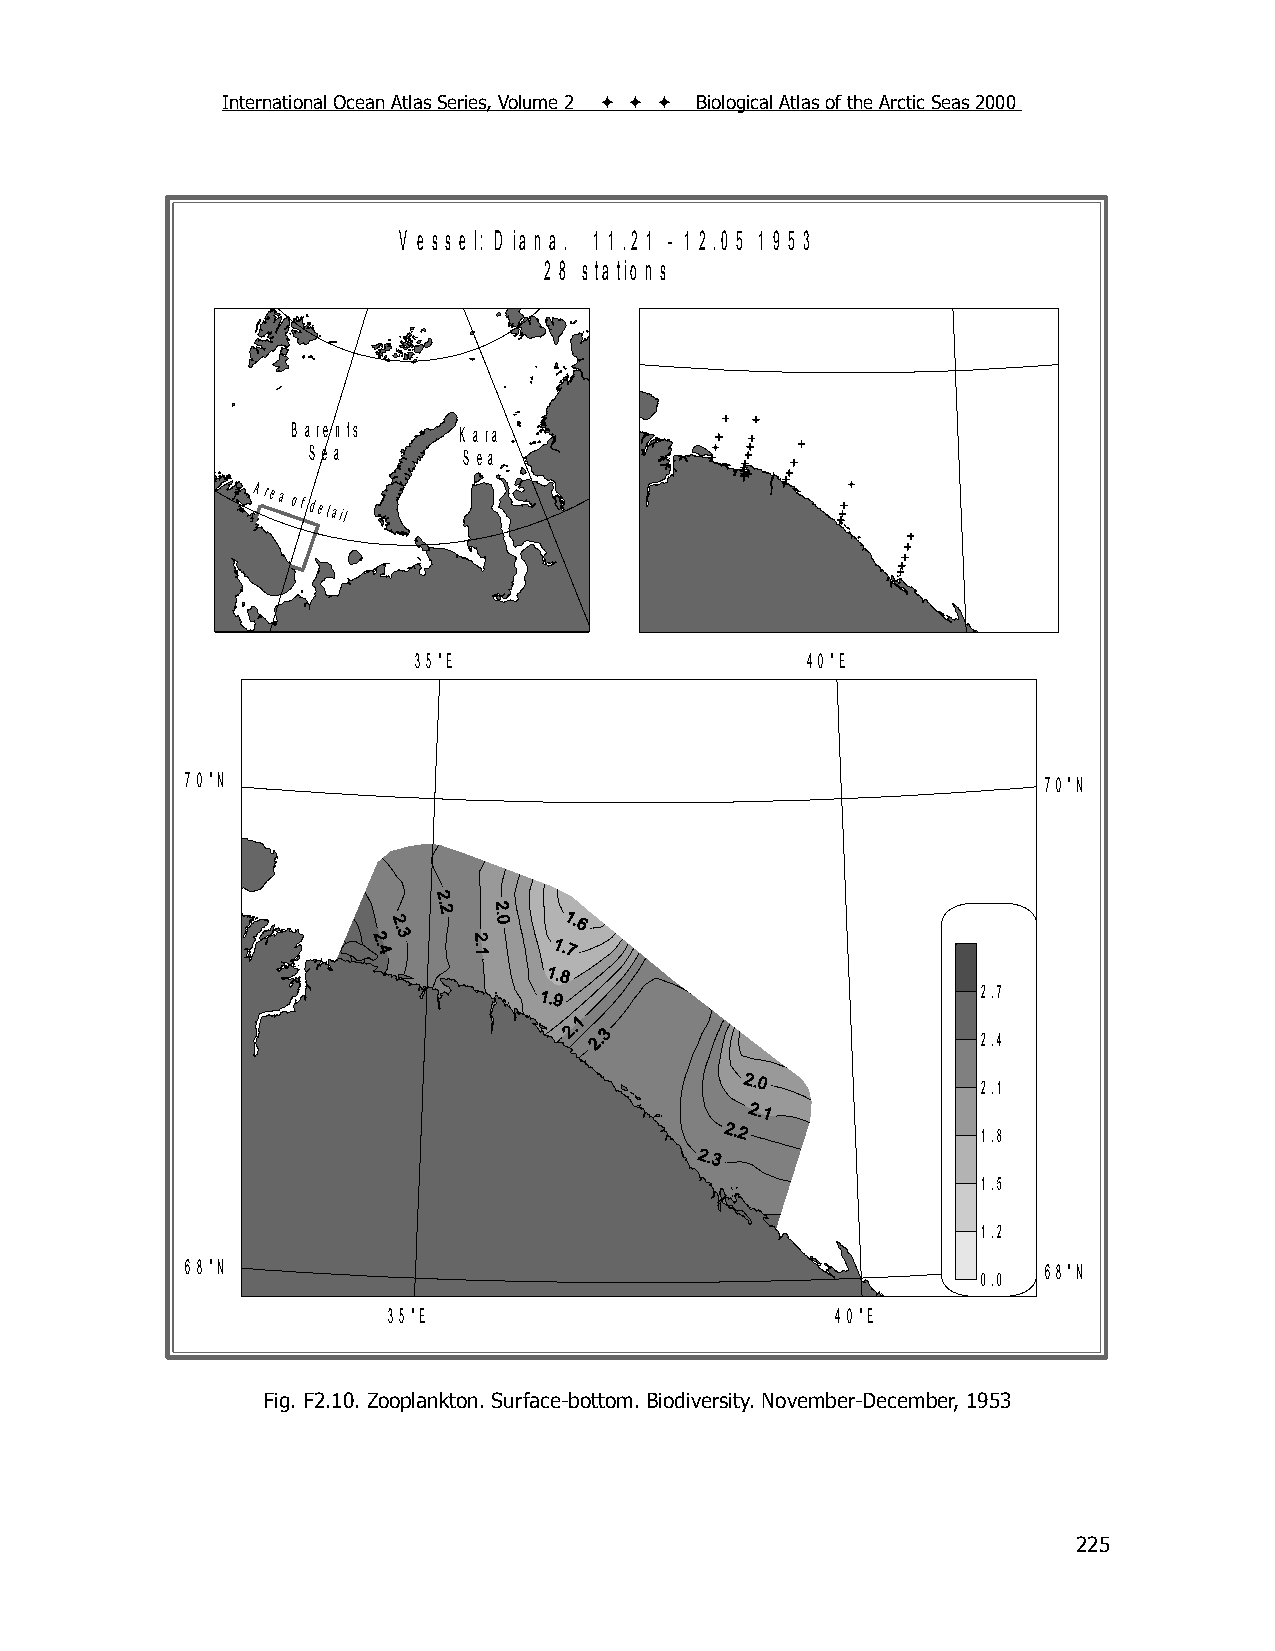
International Ocean Atlas Series, Volume 2    Biological Atlas of the Arctic Seas 2000
 V e s s e l: D ia n a . 1 1 .2 1 - 1 2 .0 5 1 9 5 3
 2 8 s ta tio n s
 B a re n ts K a ra
 S e a      S e a
 Area
 of detail
 3 5 °E                    4 0 °E
 7 0 °N                                                   7 0 °N
 2.7
 2.4
 2.1
 1.8
 1.5
 1.2
 6 8 °N                                                   6 8 °N
 0.0
 3 5 °E                       4 0 °E
 Fig. F2.10. Zooplankton. Surface-bottom. Biodiversity. November-December, 1953
 225